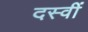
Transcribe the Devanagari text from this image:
दस्वीं